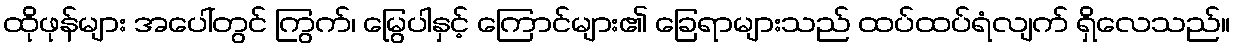
ထိုဖုန်များ အပေါ်တွင် ကြွက်၊ မြွေပါနှင့် ကြောင်များ၏ ခြေရာများသည် ထပ်ထပ်ရံလျက် ရှိလေသည်။